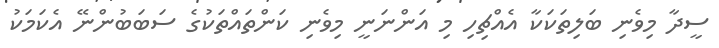
ސީދާ މިވެނި ބަލިތަކަކާ އެއްޗިހި މި އަންނަނީ މިވެނި ކަންތައްތަކުގެ ސަބަބުންނޭ އެކަމަކު